Civil Veterinary Department Bengal reports 1933-51 - 1933-1951
Year: 1933
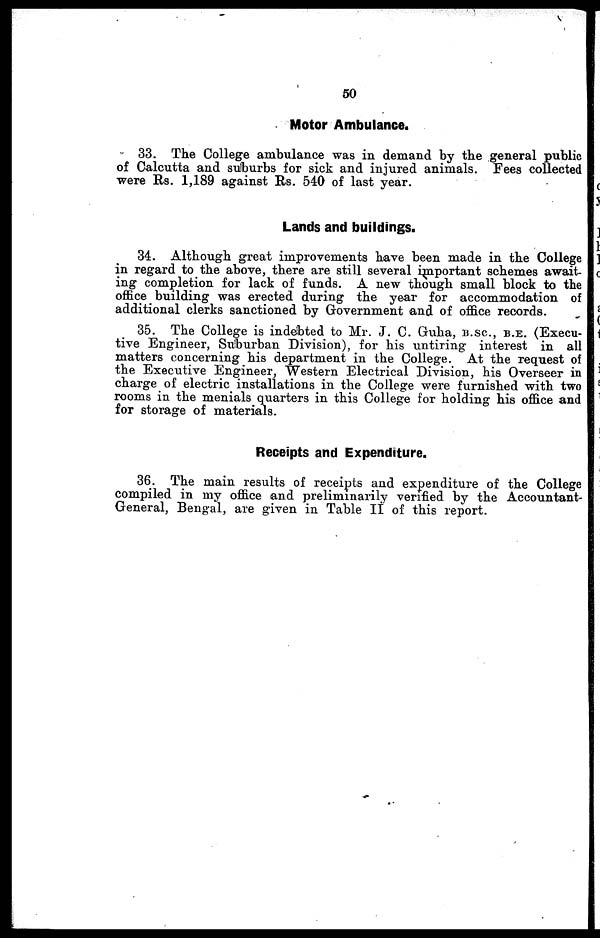
50
Motor Ambulance.
33. The College ambulance was in demand by the general public
of Calcutta and suburbs for sick and injured animals. Fees collected
were Rs. 1,189 against Rs. 540 of last year.
Lands and buildings.
34. Although great improvements have been made in the College
in regard to the above, there are still several important schemes await-
ing completion for lack of funds. A new though small block to the
office building was erected during the year for accommodation of
additional clerks sanctioned by Government and of office records.
35. The College is indebted to Mr. J. C. Guha, B.SC, B.E. (Execu-
tive Engineer, Suburban Division), for his untiring interest in all
matters concerning his department in the College. At the request of
the Executive Engineer, Western Electrical Division, his Overseer in
charge of electric installations in the College were furnished with two
rooms in the menials quarters in this College for holding his office and
for storage of materials.
Receipts and Expenditure.
36. The main results of receipts and expenditure of the College
compiled in my office and preliminarily verified by the Accountant-
General, Bengal, are given in Table II of this report.